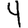
Digit: 4